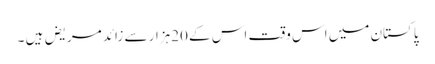
پاکستان میں اس وقت اس کے 20ہزار سے زائد مریض ہیں ۔